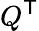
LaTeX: Q^{\textsf{T}}